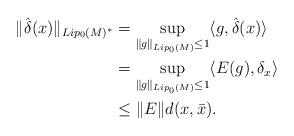
LaTeX: \begin{align*}\|\hat\delta(x)\|_{Lip_0(M)^*} &= \sup_{\|g\|_{Lip_0(M)} \leq 1} \langle g, \hat\delta(x) \rangle\\&= \sup_{\|g\|_{Lip_0(M)} \leq 1} \langle E(g), \delta_x \rangle \\& \leq \|E\|d(x,\bar x).\end{align*}